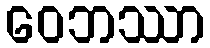
ဝေဘဿာ